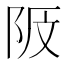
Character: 𱀎